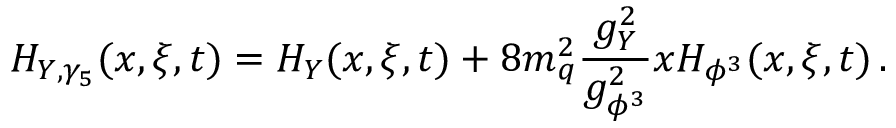
H _ { Y , \gamma _ { 5 } } ( x , \xi , t ) = H _ { Y } ( x , \xi , t ) + 8 m _ { q } ^ { 2 } \frac { g _ { Y } ^ { 2 } } { g _ { \phi ^ { 3 } } ^ { 2 } } x H _ { \phi ^ { 3 } } ( x , \xi , t ) \, .